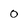
Character: o